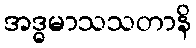
အဒ္ဓမာသသတာနိ